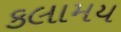
કલામય